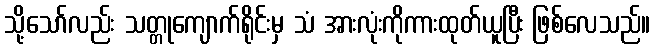
သို့သော်လည်း သတ္တုကျောက်ရိုင်းမှ သံ အားလုံးကိုကားထုတ်ယူပြီး ဖြစ်လေသည်။